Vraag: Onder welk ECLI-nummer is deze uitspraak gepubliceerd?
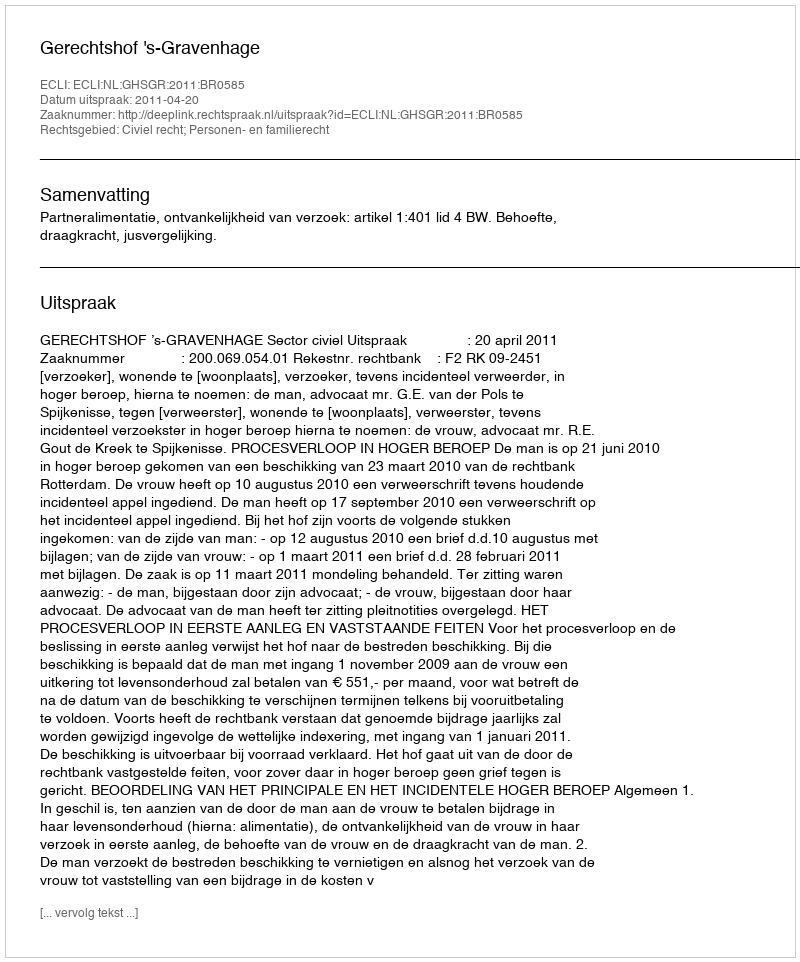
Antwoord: ECLI:NL:GHSGR:2011:BR0585